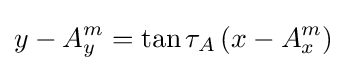
y-A_{y}^{m}=\tan \tau _{A}\left(x-A_{x}^{m}\right)